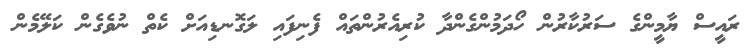
ރައީސް ޔާމީންގެ ސަރުކާރުން ހޯދަމުންގެންދާ ކުރިއެރުންތައް ފެނިފައި ލަގޮނޑިއަށް ކެތް ނުވެގެން ކަލޭމެން